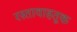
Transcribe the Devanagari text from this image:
रस्तावाहतूक